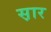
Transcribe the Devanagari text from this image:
स़ार